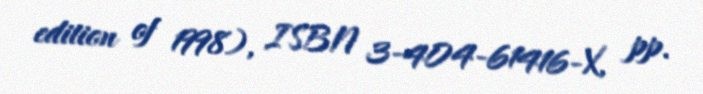
edition of 1998), ISBN 3-404-61416-X, pp.